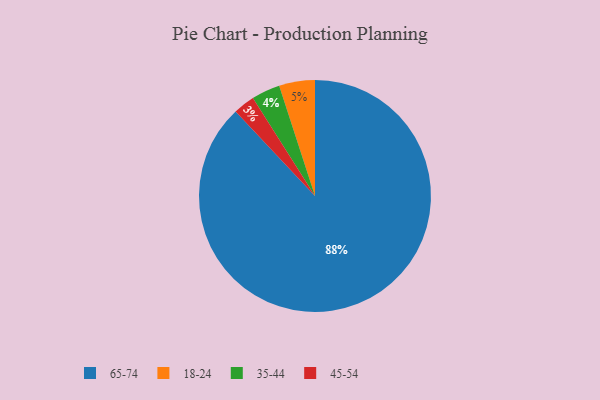
{"axis": {"x": "Category", "y": "Percentage"}, "legend": ["18-24", "35-44", "45-54", "65-74"], "data": [{"x": "35-44", "y": 4, "type": "35-44"}, {"x": "45-54", "y": 3, "type": "45-54"}, {"x": "18-24", "y": 5, "type": "18-24"}, {"x": "65-74", "y": 88, "type": "65-74"}]}